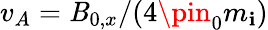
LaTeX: v_{A}=\mathit{B}_{0,x}/(4\pin_{0}m_{\mathbf{i}})